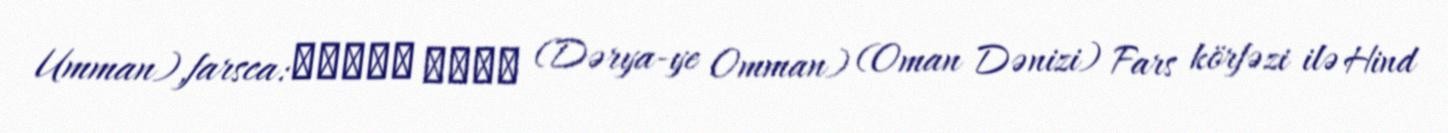
Umman),farsca:دریای عمان (Dərya-ye Omman) (Oman Dənizi) Fars körfəzi ilə Hind